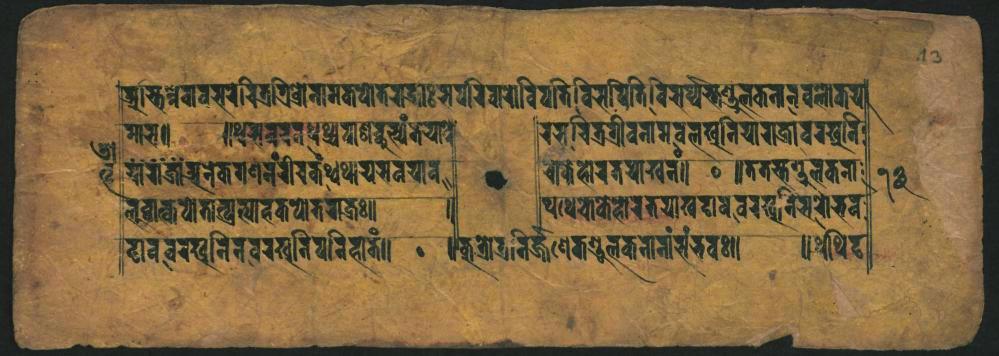
𑐵𑐨𑑂𑐫𑐶𑐣𑑂𑐰𑐾𑐟𑐵𑐰𑐳𑐬𑐬𑐶𑐟𑑂𑐬𑐟𑑂𑐬𑐶𑑂𑐬𑑀𑐣𑐵𑐩𑐎𑐥𑑀𑐟𑐬𑐵𑐡𑑂𑐬𑐵𑑅𑐳𑐫𑐬𑐶𑐰𑐵𑐫𑑀𑐰𑐶𑐥𑐟𑐶𑐰𑐶𑐳𑐥𑐶𑐟𑐶𑐰𑐶𑐳𑐬𑑂𑐲𑑂𑐫𑐔𑐞𑑂𑐜𑐸𑐮𑐎𑐣𑐣𑐰𑐮𑑀𑐎𑐫𑐵𑑄 𑐩𑐵𑐳𑑌 𑐡𑑂𑐢𑑀𑐬𑐵𑑄𑐖𑑂𑐖𑐵𑑄𑐀𑐣𑐾𑐎𑐐𑐞𑐣𑑄𑐬𑐷𑐰𑐎𑑄𑐠𑐠𑐵𑐫𑐩𑐰𑐫𑐵𑐰 𑐮𑐰𑑂𑐰𑐵𑐎𑑂𑐎𑐫𑑀𑐟𑐟𑑂𑐥𑑂𑐬𑐳𑑂𑐫𑐵𑐴𑐎𑐥𑑀𑐟𑐬𑐵𑐎𑑂𑐬𑑅𑑌 𑐑𑐵𑐰𑐧𑐩𑐹𑐣𑐶𑐣𑐰𑐬𑐳𑑂𑐰𑐣𑐶𑐥𑐬𑐶𑐴𑐵𑐟𑑄𑑌